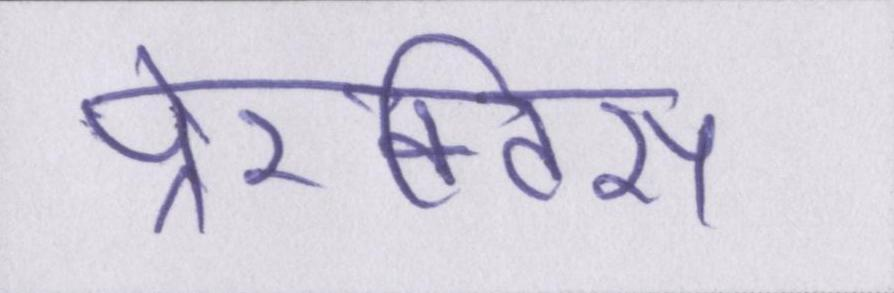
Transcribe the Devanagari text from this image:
पे्रक्टिस